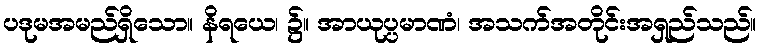
ပဒုမအမည်ရှိသော။ နိရယေ၊ ၌။ အာယုပ္ပမာဏံ၊ အသက်အတိုင်းအရှည်သည်။